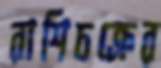
রাশিচক্রের